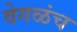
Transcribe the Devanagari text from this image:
वेगळंच